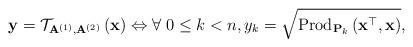
LaTeX: \begin{align*}\mathbf{y}=\mathcal{T}_{\mathbf{A}^{(1)},\mathbf{A}^{(2)}}\left(\mathbf{x}\right)\Leftrightarrow\forall\;0\le k<n,y_{k}=\sqrt{\mbox{Prod}_{\mathbf{P}_{k}}\left(\mathbf{x}^{\top},\mathbf{x}\right)},\end{align*}